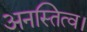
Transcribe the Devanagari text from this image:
अनस्तित्व।